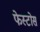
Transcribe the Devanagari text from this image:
फेस्टोस